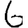
Digit: 6